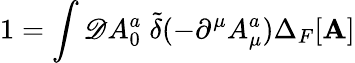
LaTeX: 1=\int{\cal\mathscr{D}}A_{0}^{a}\; {\widetilde{{\delta}}}(-\partial^{\mu}A_{\mu}^{a})\Delta_{F}[{\mathbf{A}}]